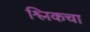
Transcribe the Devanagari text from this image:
श्लिकचा